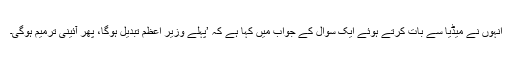
انہوں نے میڈیا سے بات کرتے ہوئے ایک سوال کے جواب میں کہا ہے کہ ’پہلے وزیر اعظم تبدیل ہوگا، پھر آئینی ترمیم ہوگی۔